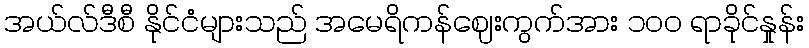
အယ်လ်ဒီစီ နိုင်ငံများသည် အမေရိကန်ဈေးကွက်အား ၁၀၀ ရာခိုင်နှုန်း